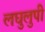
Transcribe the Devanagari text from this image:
लघुलुपी